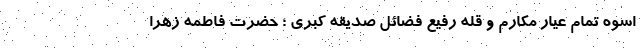
اسوه تمام عیار مکارم و قله رفیع فضائل صدیقه کبری ؛ حضرت فاطمه زهرا